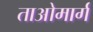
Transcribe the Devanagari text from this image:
ताओमार्ग